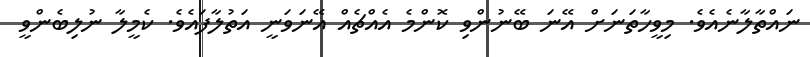
ނައްތާލާނެއެވެ. މިވީހާތަނަށް އޭނަ ބޭނުންވި ކޮންމެ އެއްޗެއް އޭނަވަނީ އަތުލާފައެވެ. ކެމީލާ ނުލިބެންވީ